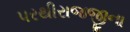
પરથીરાજજીના